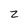
Character: z